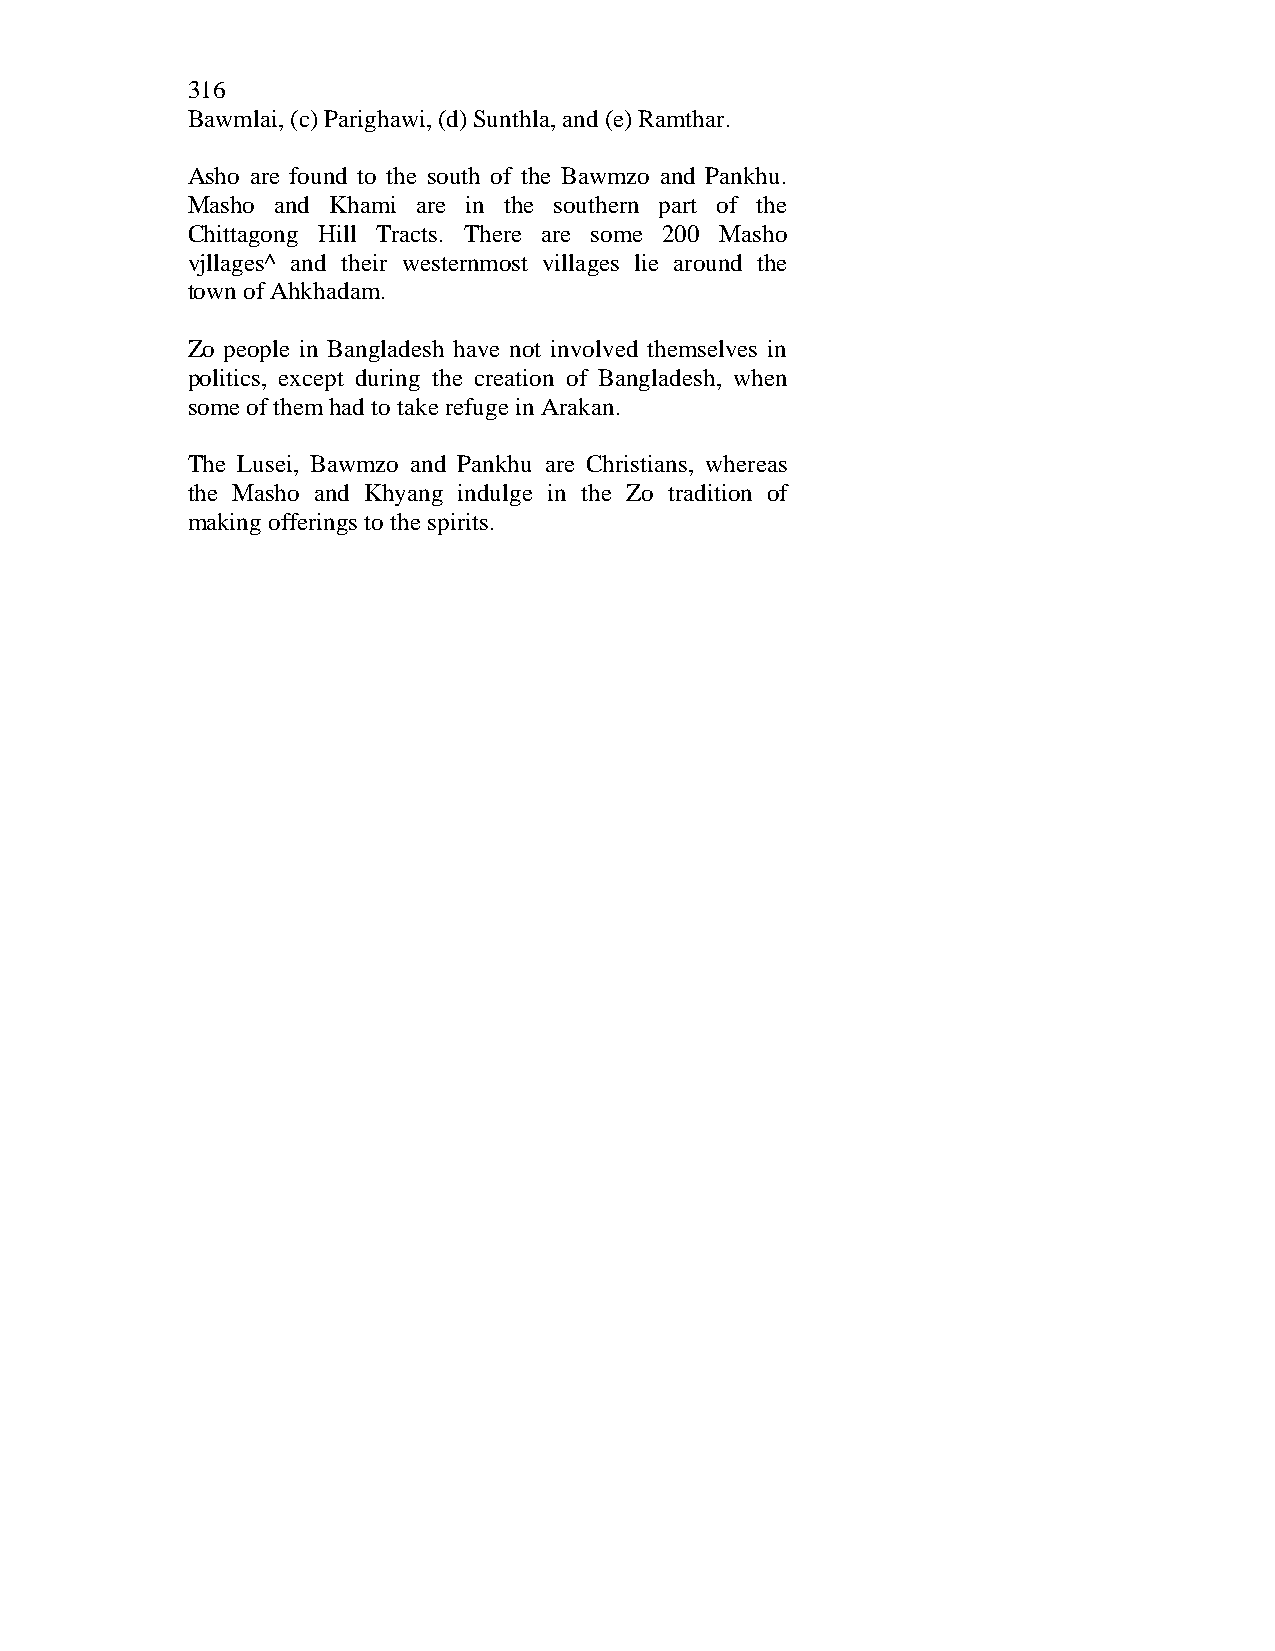
316
 Bawmlai, (c) Parighawi, (d) Sunthla, and (e) Ramthar.
 Asho are found to the south of the Bawmzo and Pankhu.
 Masho and Khami are in the southern part of the
 Chittagong Hill Tracts. There are some 200 Masho
 vjllages^ and their westernmost villages lie around the
 town of Ahkhadam.
 Zo people in Bangladesh have not involved themselves in
 politics, except during the creation of Bangladesh, when
 some of them had to take refuge in Arakan.
 The Lusei, Bawmzo and Pankhu are Christians, whereas
 the Masho and Khyang indulge in the Zo tradition of
 making offerings to the spirits.